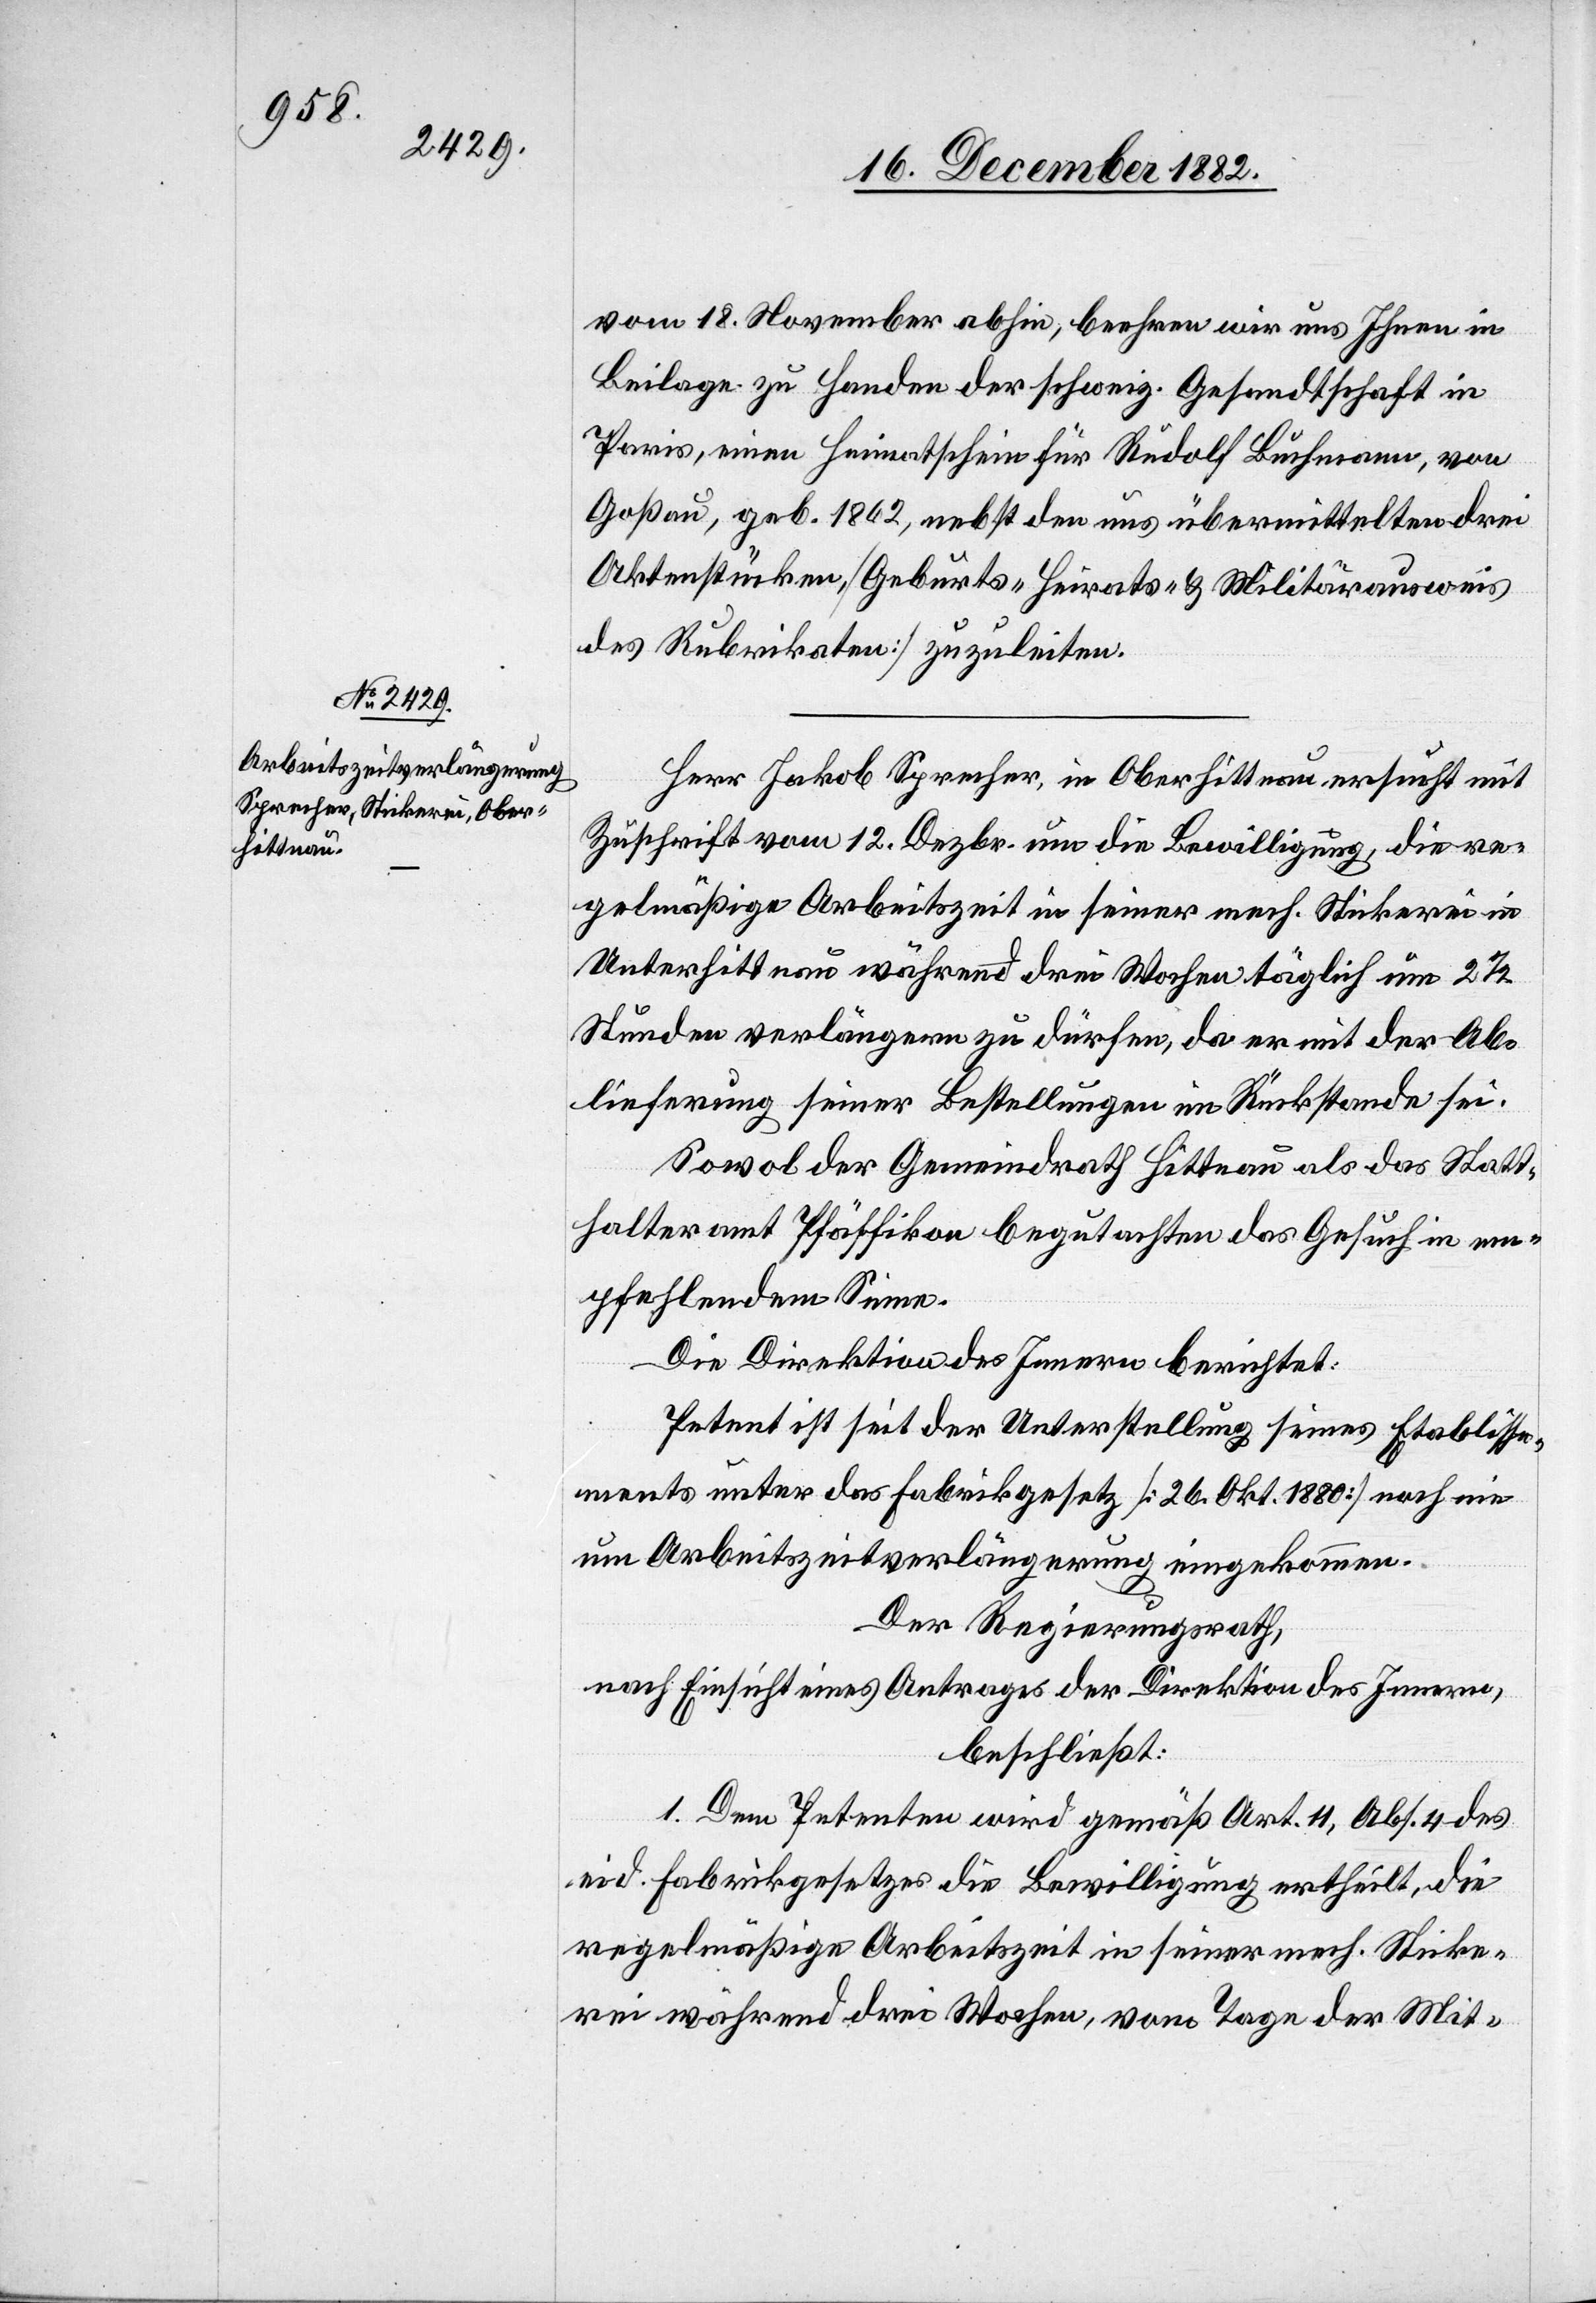
18. December 1882.]
vom 18. November abhin, beehren wir uns Ihnen in
Beilage zu Handen der schweiz. Gesandtschaft in
Aktenstücken, [Geburts- Heirats- & Militärausweis
des Rubrikaten] zuzuleiten.“
Herr Jakob Sprecher, in Oberhittnau ersucht mit
Zuschrift vom 12. Dezbr. um die Bewilligung, die re¬
gelmäßige Arbeitszeit in seiner mech. Stickerei in
Unterhittnau während drei Wochen täglich um 2 1/2
Stunden verlängern zu dürfen, da er mit der Ab¬
lieferung seiner Bestellungen im Rückstande sei.
fügungen
Sowol der Gemeindrath Hittnau als das Statt¬
halteramt Pfäffikon begutachten das Gesuch in em¬
pfehlendem Sinne.
Die Direktion des Innern berichtet:
Petent ist seit der Unterstellung seines Etablisse¬
ments unter das Fabrikgesetz [26. Okt. 1880] noch nie
um Arbeitszeitverlängerung eingekommen.
Der Regierungsrath,
nach Einsicht eines Antrages der Direktion des Innern,
beschließt:
1. Dem Petenten wird gemäß Art. 11, Abs. 4 des
eid. Fabrikgesetzes die Bewilligung ertheilt, die
regelmäßige Arbeitszeit in seiner mech. Sticke¬
rei während drei Wochen, vom Tage der Mit-